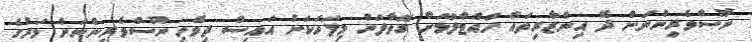
ނޫސްވެރިންނަށް ދޭ އިންޒާރިތައް ހުއްޓާލުމަށް ގޮވާލަން މިފަހަކަށް އައިސް ދިވެހި ނޫސްވެރިންނަށް މަރުގެ